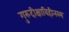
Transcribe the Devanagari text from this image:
गुरुदीक्षाविहीनस्य